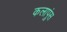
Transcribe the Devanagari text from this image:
कलापुंस